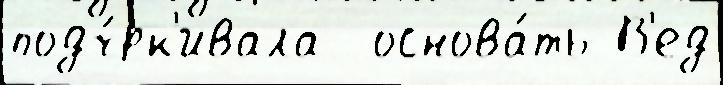
подч́рк'ивала  основа́ть В'ед